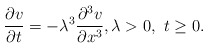
\begin{align*} \frac{\partial v}{\partial t}= -\lambda^3\frac{\partial^3 v}{\partial x^3}, \lambda > 0, \ t\geq 0. \end{align*}